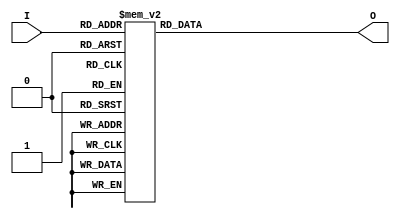
// Decoder5to32.v
// John Wilkes

module Decoder5to32(input [4:0] I, output reg [31:0] O);

    always @(I)
        case(I)
             0: O <= 32'h00000001;
             1: O <= 32'h00000002;
             2: O <= 32'h00000004;
             3: O <= 32'h00000008;
             4: O <= 32'h00000010;
             5: O <= 32'h00000020;
             6: O <= 32'h00000040;
             7: O <= 32'h00000080;
             8: O <= 32'h00000100;
             9: O <= 32'h00000200;
            10: O <= 32'h00000400;
            11: O <= 32'h00000800;
            12: O <= 32'h00001000;
            13: O <= 32'h00002000;
            14: O <= 32'h00004000;
            15: O <= 32'h00008000;
            16: O <= 32'h00010000;
            17: O <= 32'h00020000;
            18: O <= 32'h00040000;
            19: O <= 32'h00080000;
            20: O <= 32'h00100000;
            21: O <= 32'h00200000;
            22: O <= 32'h00400000;
            23: O <= 32'h00800000;
            24: O <= 32'h01000000;
            25: O <= 32'h02000000;
            26: O <= 32'h04000000;
            27: O <= 32'h08000000;
            28: O <= 32'h10000000;
            29: O <= 32'h20000000;
            30: O <= 32'h40000000;
            31: O <= 32'h80000000;
        endcase

endmodule